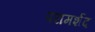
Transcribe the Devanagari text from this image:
परामर्शद